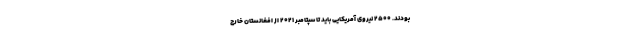
بودند. ۲۵۰۰ نیروی آمریکایی باید تا سپتامبر ۲۰۲۱ از افغانستان خارج